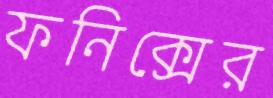
ফনিক্সের